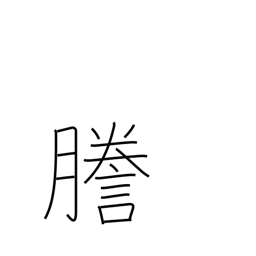
Meaning: mimeograph